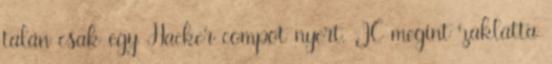
talán csak egy Hacker compot nyert. JC megint zaklatta